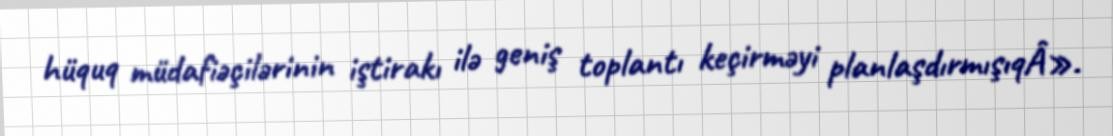
hüquq müdafiəçilərinin iştirakı ilə geniş toplantı keçirməyi planlaşdırmışıqÂ».